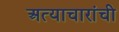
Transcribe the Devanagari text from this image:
अत्याचारांची